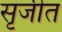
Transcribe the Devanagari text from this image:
सृजीत